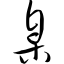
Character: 臬